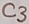
Text: C3